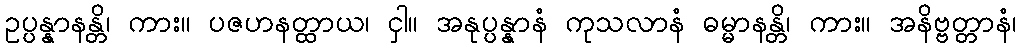
ဥပ္ပန္နာနန္တိ၊ ကား။ ပဇဟနတ္ထာယ၊ ငှါ။ အနုပ္ပန္နာနံ ကုသလာနံ ဓမ္မာနန္တိ၊ ကား။ အနိဗ္ဗတ္တာနံ၊